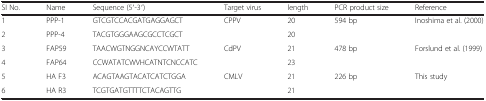
| SI No. | Name | Sequence (5′-3′) | Target virus | length | PCR product size | Reference |
 | --- | --- | --- | --- | --- | --- | --- |
 | 1 | PPP-1 | GTCGTCCACGATGAGGAGCT | CPPV | 20 | 594 bp | Inoshima et al. (2000) |
 | 2 | PPP-4 | TACGTGGGAAGCGCCTCGCT |  | 20 |  |  |
 | 3 | FAP59 | TAACWGTNGGNCAYCCWTATT | CdPV | 21 | 478 bp | Forslund et al. (1999) |
 | 4 | FAP64 | CCWATATCWVHCATNTCNCCATC |  | 23 |  |  |
 | 5 | HA F3 | ACAGTAAGTACATCATCTGGA | CMLV | 21 | 226 bp | This study |
 | 6 | HA R3 | TCGTGATGTTTTCTACAGTTG |  | 21 |  |  |